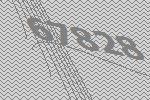
67828